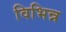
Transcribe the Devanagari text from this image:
विभिन्न